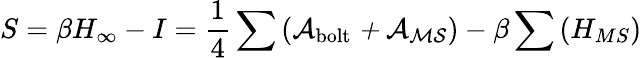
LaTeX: S=\beta H_{\infty}-I=\frac{1}{4}\sum\left(\cal{A}_{\mathrm{bolt}}+\cal{A}_{{MS}}\right)-\beta\sum\left(H_{{MS}}\right)